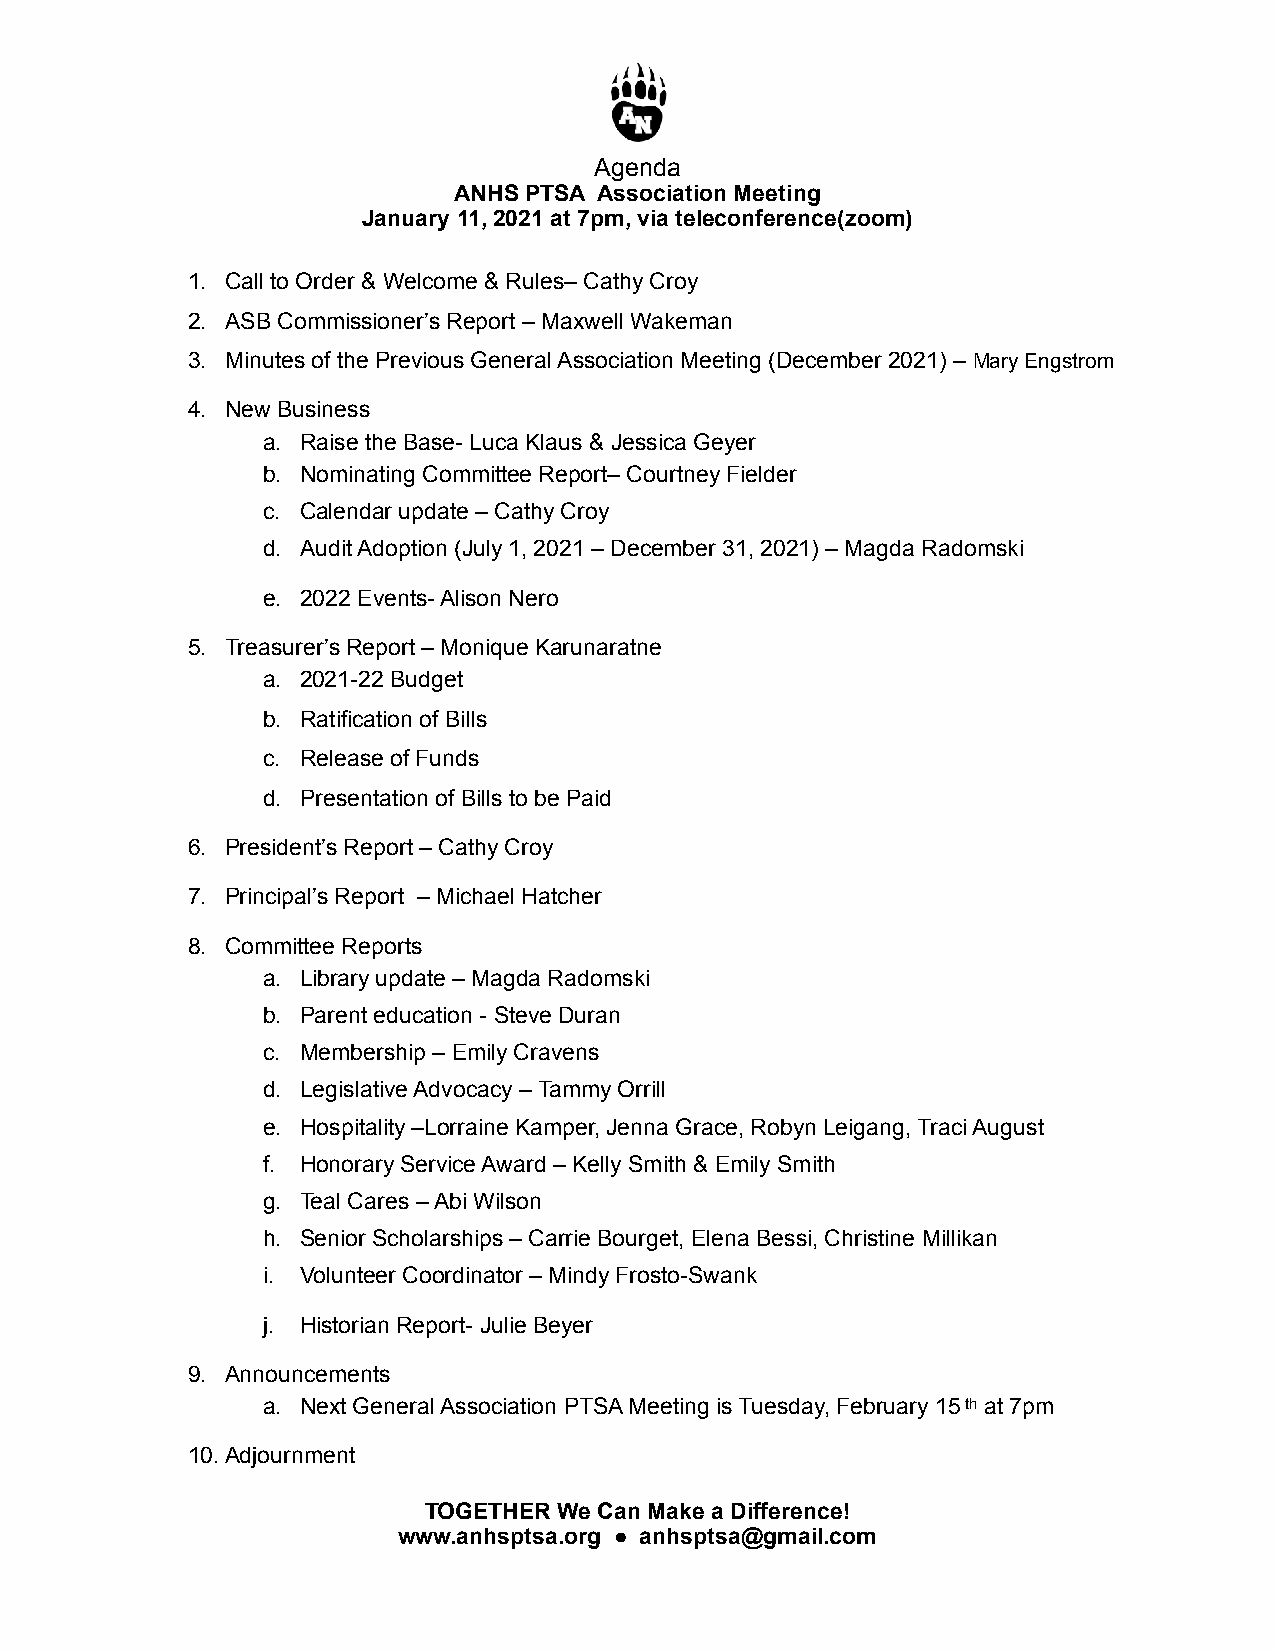
Agenda
 ANHS PTSA Association Meeting
 January 11, 2021 at 7pm, via teleconference(zoom)
 1. Call to Order & Welcome & Rules– Cathy Croy
 2. ASB Commissioner’s Report – Maxwell Wakeman
 3. Minutes of the Previous General Association Meeting (December 2021) – Mary Engstrom
 4. New Business
 a. Raise the Base- Luca Klaus & Jessica Geyer
 b. Nominating Committee Report– Courtney Fielder
 c. Calendar update – Cathy Croy
 d. Audit Adoption (July 1, 2021 – December 31, 2021) – Magda Radomski
 e. 2022 Events- Alison Nero
 5. Treasurer’s Report – Monique Karunaratne
 a. 2021-22 Budget
 b. Ratification of Bills
 c. Release of Funds
 d. Presentation of Bills to be Paid
 6. President’s Report – Cathy Croy
 7. Principal’s Report – Michael Hatcher
 8. Committee Reports
 a. Library update – Magda Radomski
 b. Parent education - Steve Duran
 c. Membership – Emily Cravens
 d. Legislative Advocacy – Tammy Orrill
 e. Hospitality –Lorraine Kamper, Jenna Grace, Robyn Leigang, Traci August
 f. Honorary Service Award – Kelly Smith & Emily Smith
 g. Teal Cares – Abi Wilson
 h. Senior Scholarships – Carrie Bourget, Elena Bessi, Christine Millikan
 i. Volunteer Coordinator – Mindy Frosto-Swank
 j. Historian Report- Julie Beyer
 9. Announcements
 a. Next General Association PTSA Meeting is Tuesday, February 15 th at 7pm
 10.Adjournment
 TOGETHER We Can Make a Difference!
 www.anhsptsa.org ● anhsptsa@gmail.com